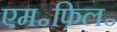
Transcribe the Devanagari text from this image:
एम॰फ़िल॰